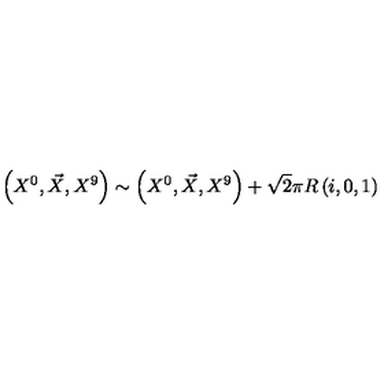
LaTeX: \left( X ^ { 0 } , \vec { X } , X ^ { 9 } \right) \sim \left( X ^ { 0 } , \vec { X } , X ^ { 9 } \right) + \sqrt { 2 } \pi R \left( i , 0 , 1 \right)